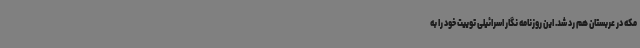
مکه در عربستان هم رد شد. این روزنامه نگار اسرائیلی توییت خود را به